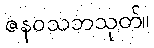
ဇနဝသဘသုတ်။